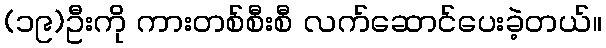
(၁၉)ဦးကို ကားတစ်စီးစီ လက်ဆောင်ပေးခဲ့တယ်။